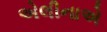
એલીનાએ